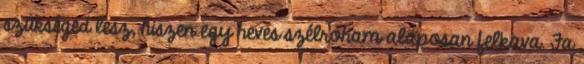
szükséged lesz, hiszen egy heves szélroham alaposan felkava. Fa